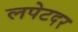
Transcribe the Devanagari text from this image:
लपेटदर